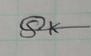
Signature authenticity: genuine